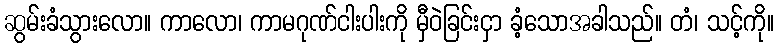
ဆွမ်းခံသွားလော။ ကာလော၊ ကာမဂုဏ်ငါးပါးကို မှီဝဲခြင်းငှာ ခံ့သောအခါသည်။ တံ၊ သင့်ကို။